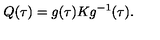
Q ( \tau ) = g ( \tau ) K g ^ { - 1 } ( \tau ) .